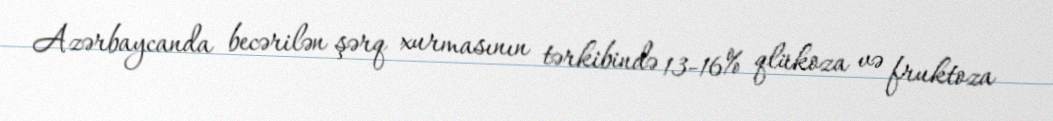
Azərbaycanda becərilən şərq xurmasının tərkibində 13-16% qlükoza və fruktoza